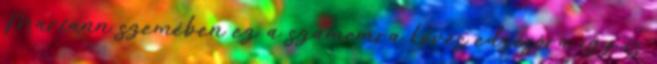
Mariann szemében ez a számomra kevés edzésóra így is